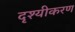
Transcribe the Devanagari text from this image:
दृश्यीकरण